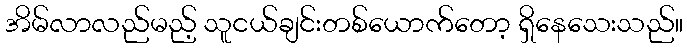
အိမ်လာလည်မည့် သူငယ်ချင်းတစ်ယောက်တော့ ရှိနေသေးသည်။